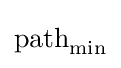
{\text{path}}_{\text{min}}